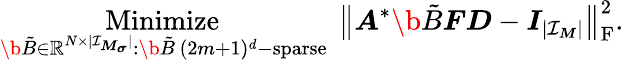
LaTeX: \underset{\b{\tilde{B}}\in\mathbb R^{N\times{|\mathcal I_{\boldsymbol M_{\boldsymbol\sigma}}|}}\colon\b{\tilde{B}}\, (2m+1)^{d}\mathrm{-sparse~}}{\mathrm{Minimize~}}\ \big\| \boldsymbol A^{*}\b{\tilde{B}}\boldsymbol F\boldsymbol D-\boldsymbol I_{|\mathcal I_{\boldsymbol M}|}\big\| _{\mathrm F}^{2}.